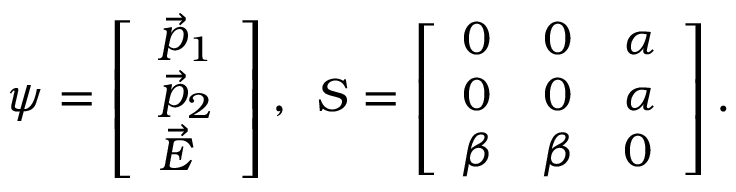
\psi = \left[ \begin{array} { l } { \vec { p } _ { 1 } } \\ { \vec { p } _ { 2 } } \\ { \vec { E } } \end{array} \right] , \: \: S = \left[ \begin{array} { l l l } { 0 } & { 0 } & { \alpha } \\ { 0 } & { 0 } & { \alpha } \\ { \beta } & { \beta } & { 0 } \end{array} \right] .